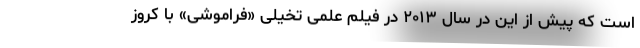
است که پیش از این در سال ۲۰۱۳ در فیلم علمی تخیلی «فراموشی» با کروز